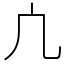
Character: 凣